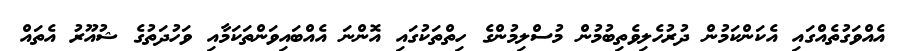
އެއްވަގުތެއްގައި އެކަންކަމުން ދުރުހެލިވެތިބުމުން މުސްލިމުންގެ ހިތްތަކުގައި އޮންނަ އެއްބައިވަންތަކަމާއި ވަހުދަތުގެ ޝުއޫރު އެތައް